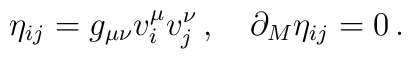
\eta_{ij}=g_{\mu\nu}v^{\mu}_{i}v^{\nu}_{j}\,,\quad\partial_{M}\eta_{ij} =0\,.